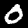
Digit: 0